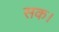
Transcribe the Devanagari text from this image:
सक।